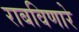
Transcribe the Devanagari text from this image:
राबविणारे